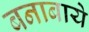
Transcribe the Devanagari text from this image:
बनाबाये